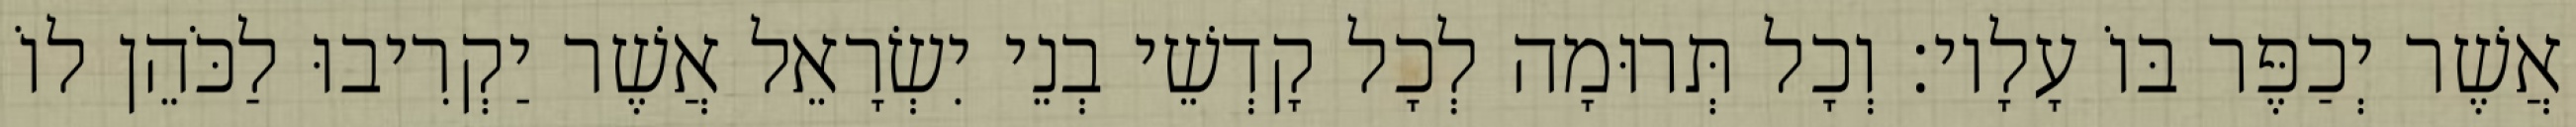
אֲשֶׁר יְכַפֶּר בּוֹ עָלָיו׃ וְכָל תְּרוּמָה לְכָל קָדְשֵׁי בְנֵי יִשְׂרָאֵל אֲשֶׁר יַקְרִיבוּ לַכֹּהֵן לוֹ